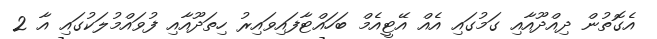
އެގޮތުން ދިއްދޫއާއި ގަމުގައި އެއް އޭޓީއެމް ބަހައްޓާފައިވައިރު ހިތަދޫއާއި ފުވައްމުލަކުގައި އާ 2